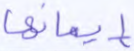
إيمانها